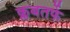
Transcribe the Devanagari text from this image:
क्लबतर्फे